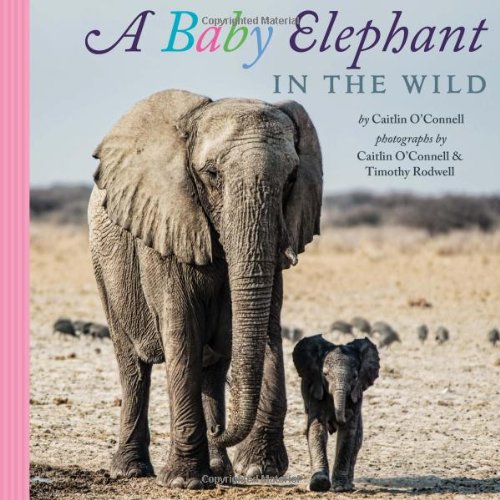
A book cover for A Baby Elephant in the Wild; Caitlin O'Connell; Children's Books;